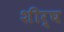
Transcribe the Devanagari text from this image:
शीर्घ